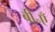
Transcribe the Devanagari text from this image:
बी॰एँ